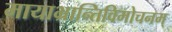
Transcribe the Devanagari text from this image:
मायाभ्रान्तिविमोचनम्